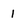
Character: 1